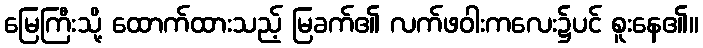
မြေကြီးသို့ ထောက်ထားသည့် မြခက်၏ လက်ဖဝါးကလေး၌ပင် စူးနေ၏။